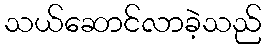
သယ်ဆောင်လာခဲ့သည်